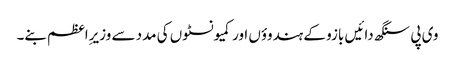
وی پی سنگھ دائیں بازو کے ہندوؤں اور کمیونسٹوں کی مدد سے وزیرِاعظم بنے۔